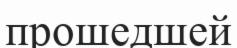
прошедшей